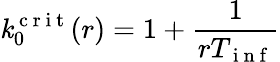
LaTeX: \mathit{k}_{0}^{\mathrm{{~c~r~i~t~}}}(r)=1+\frac{1}{{rT_{\mathrm{{~i~n~f~}}}}}